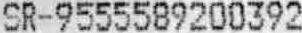
SR-9555589200392